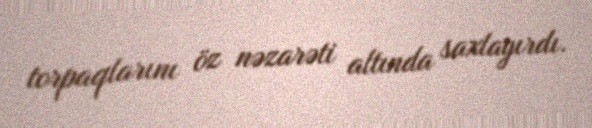
torpaqlarını öz nəzarəti altında saxlayırdı.